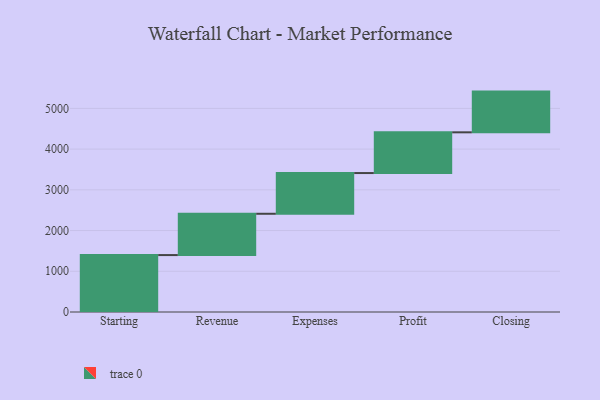
{"axis": {"x": "Step", "y": "Value"}, "legend": [""], "data": [{"x": "Starting", "y": 1398.0, "type": ""}, {"x": "Revenue", "y": 1014.0, "type": ""}, {"x": "Expenses", "y": 1000, "type": ""}, {"x": "Profit", "y": 1000, "type": ""}, {"x": "Closing", "y": 1000, "type": ""}]}